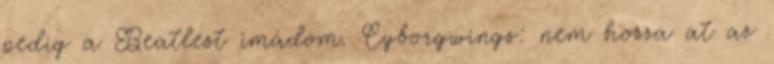
pedig a Beatlest imádom. Cyborgwings: nem hozza at az